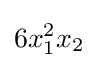
6x_{1}^{2}x_{2}